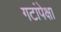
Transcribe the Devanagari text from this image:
गटांपेक्षा